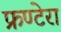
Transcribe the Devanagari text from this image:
फ्रण्टेरा